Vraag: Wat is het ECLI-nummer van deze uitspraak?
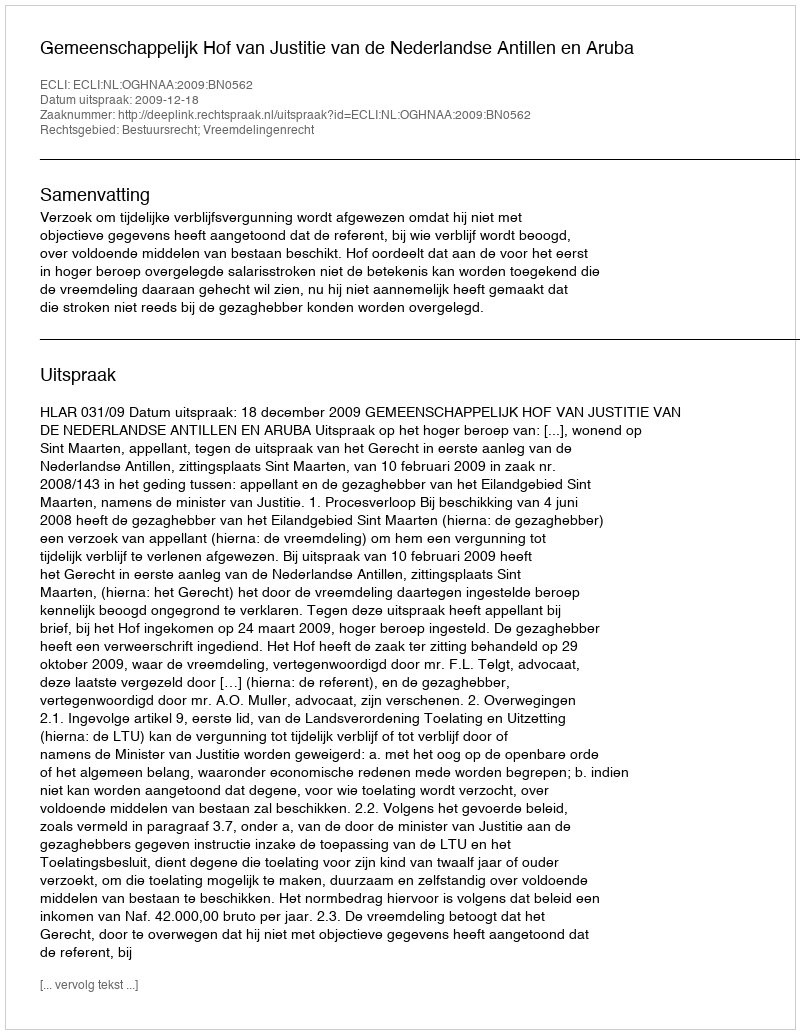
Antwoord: ECLI:NL:OGHNAA:2009:BN0562